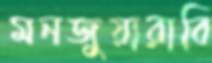
মনজুয়ারাবি